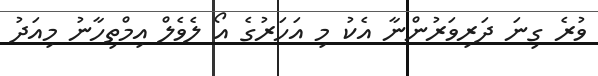
ވުރެ ގިނަ ދަރިވަރުންނާ އެކު މި އަހަރުގެ އޯ ލެވެލް އިމްތިހާނު މިއަދު